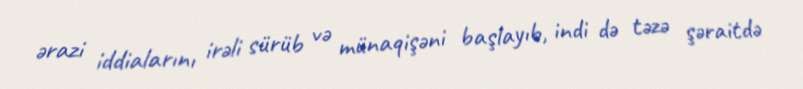
ərazi iddialarını irəli sürüb və münaqişəni başlayıb, indi də təzə şəraitdə